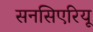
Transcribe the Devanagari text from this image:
सनसिएरियू